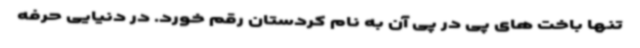
تنها باخت های پی در پی آن به نام کردستان رقم خورد. در دنیایی حرفه